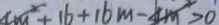
4 m ^ { 2 } + 1 6 + 1 6 m - 4 m ^ { 2 } > 0